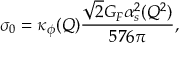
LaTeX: \sigma _ { 0 } = \kappa _ { \phi } ( Q ) { \frac { \sqrt { 2 } G _ { F } \alpha _ { s } ^ { 2 } ( Q ^ { 2 } ) } { 5 7 6 \pi } } ,